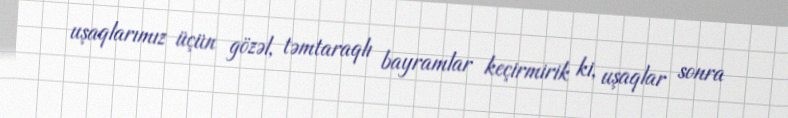
uşaqlarımız üçün gözəl, təmtaraqlı bayramlar keçirmirik ki, uşaqlar sonra